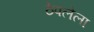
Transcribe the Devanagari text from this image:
ठेपलेला